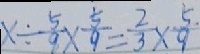
x \div \frac { 5 } { 9 } \times \frac { 5 } { 9 } = \frac { 2 } { 3 } \times \frac { 5 . } { 9 }